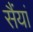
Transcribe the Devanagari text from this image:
सैंयां